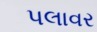
પલાવર